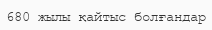
680 жылы қайтыс болғандар